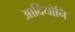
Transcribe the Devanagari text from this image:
आदियोनि